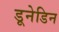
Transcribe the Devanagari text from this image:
डूनेडिन